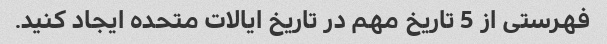
فهرستی از 5 تاریخ مهم در تاریخ ایالات متحده ایجاد کنید.